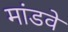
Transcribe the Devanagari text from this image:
मांडवे